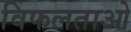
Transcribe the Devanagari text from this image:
विफलताओ